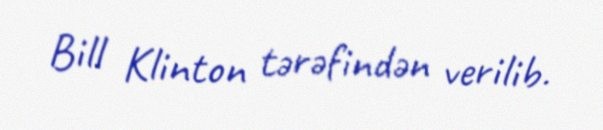
Bill Klinton tərəfindən verilib.